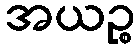
အယဉ္စ